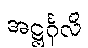
အဋ္ဌင်္ဂုလိ